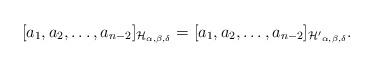
LaTeX: \begin{align*}[a_1,a_2,\ldots,a_{n-2}]_{\mathcal{H}_{\alpha,\beta,\delta}}=[a_1,a_2,\ldots,a_{n-2}]_{\mathcal{H'}_{\alpha,\beta,\delta}}.\end{align*}